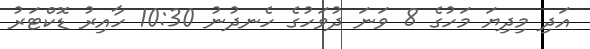
އަދި މިދިޔަ މަހުގެ 8 ވަނަ ދުވަހުގެ ހެނދުނު 10:30 ހާއިރު ޑޮކްޓަރު